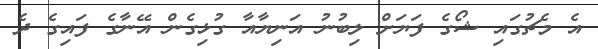
އެ މެޗުގައި ޝޯގެ ފަޔަށް ލިބުނު އަނިޔާއާ ގުޅިގެން އޭނާގެ ފައިގެ ދެ